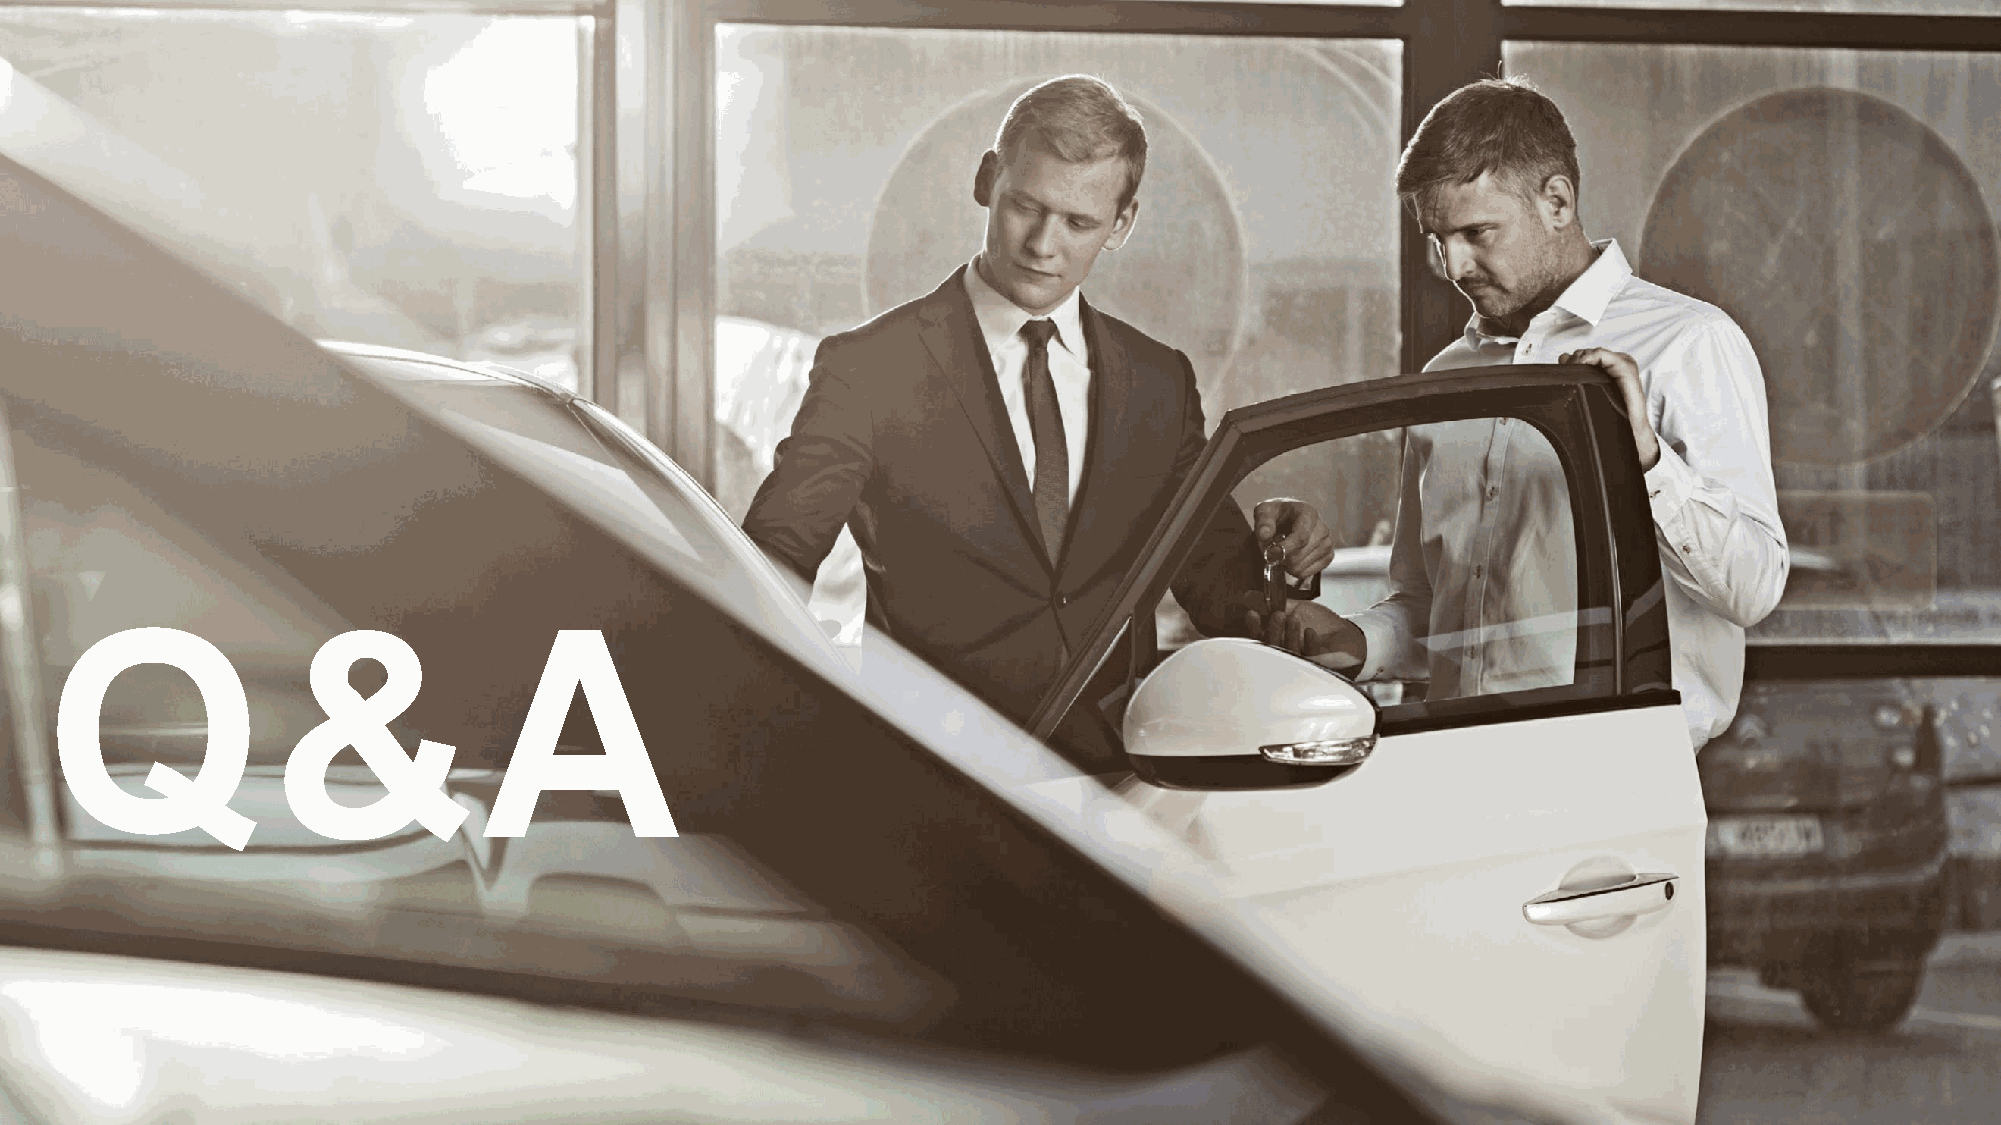
d
 e
 tib
 ih
 o
 rp
 y
 ltc
 irts
 s
 i n
 o
 itu
 b
 irts
 id
 la
 ic
 re
 m
 m
 o
 c
 d
 n
 a
 n
 o
 itc
 u
 d
 o
 rp
 e
 R
 .1
 2
 0
 2
 p
 u
 o
 rG
 a
 ts
 iv
 o
 tu
 Q&A                                                                                                                          A
 ©